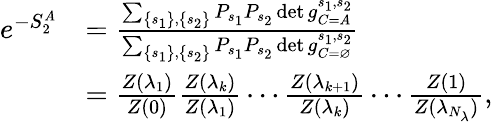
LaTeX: \begin{array}{rl}{e^{-S_{2}^{A}}}&{=\frac{\sum_{\left\{ s_{1}\right\} ,\left\{ s_{2}\right\} }P_{s_{1}}P_{s_{2}}\det g_{C=A}^{s_{1},s_{2}}}{\sum_{\left\{ s_{1}\right\} ,\left\{ s_{2}\right\} }P_{s_{1}}P_{s_{2}}\det g_{C=\varnothing}^{s_{1},s_{2}}}}\\ &{=\frac{Z(\lambda_{1})}{Z(0)}\frac{Z(\lambda_{k})}{Z(\lambda_{1})}\cdots\frac{Z(\lambda_{k+1})}{Z(\lambda_{k})}\cdots\frac{Z(1)}{Z(\lambda_{N_{\lambda}})},}\end{array}